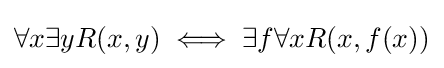
\forall x\exists yR(x,y)\iff \exists f\forall xR(x,f(x))